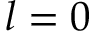
l = 0